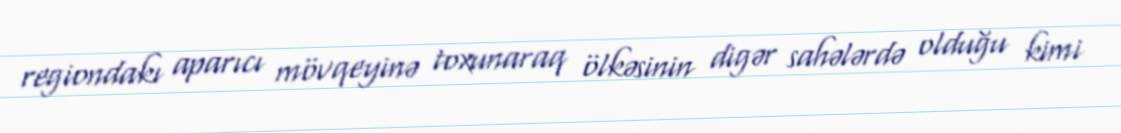
regiondakı aparıcı mövqeyinə toxunaraq ölkəsinin digər sahələrdə olduğu kimi